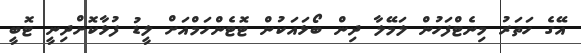
އޭގެ ހަތަރު މިނެޓްފަހުން ލަމޭލާ ދިން ބޯޅައަކުން ޓޮޓެންހަމްއަށް ލީޑު ފުޅާކޮށްދިނީ ޓޮބީ